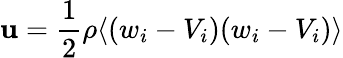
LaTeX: \mathbf{u}={\frac{{1}}{{2}}}\rho\langle(w_{i}-V_{i})(w_{i}-V_{i})\rangle